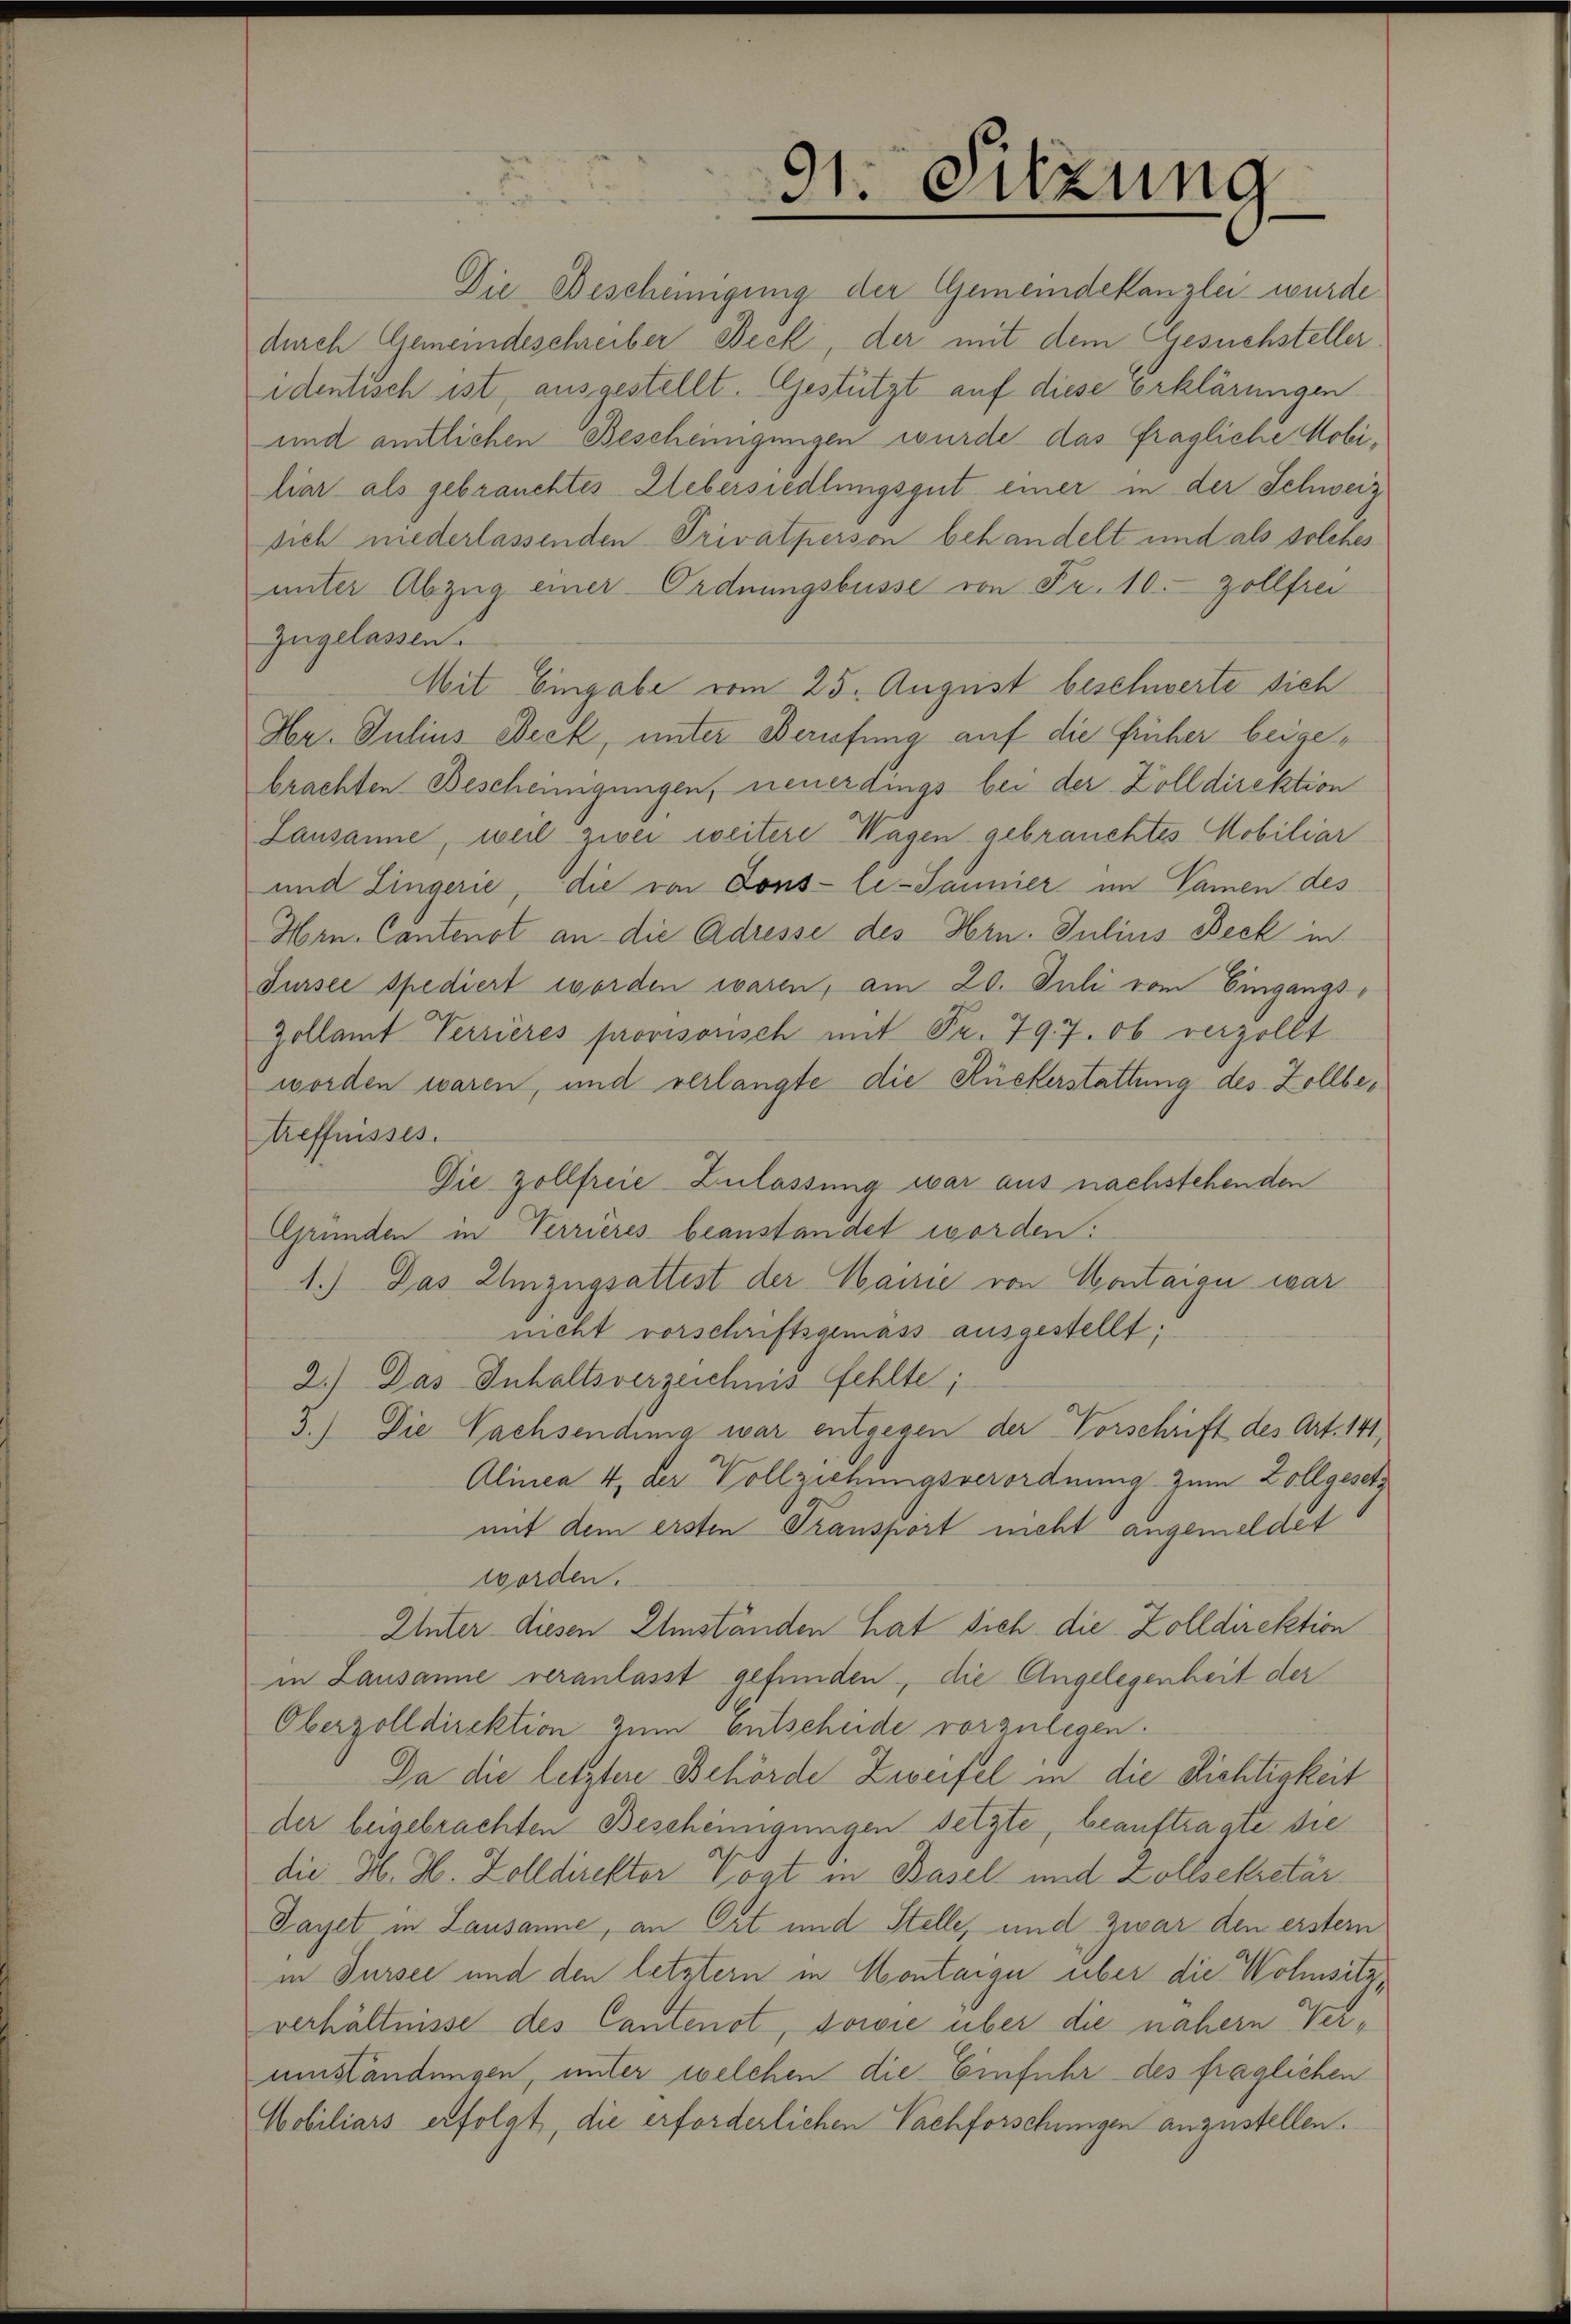
91. Sitzung

Die Bescheinigung der Gemeindekanzlei wurde
durch Gemeindeschreiber Beck, der mit dem Gesuchsteller
identisch ist, ausgestellt. Gestützt auf diese Erklärungen
und amtlichen Bescheinigungen wurde das fragliche Mobiliar als gebrauchtes Uebersiedlungsgut einer in der Schweiz
sich niederlassenden Privatperson behandelt und als solches
unter Abzug einer Ordnungsbusse von Fr. 10. Zollfrei
Zugelassen.
Mit Eingabe vom 25. August beschwerte sich
Hr. Julius Beck, unter Berufung auf die früher beigebrachten Bescheinigungen, neuerdings bei der Zolldirektion
Lausanne, weil ziver weitere Wagen gebrauchtes Mobiliar
und Zingerie, die von Dons-le-Jannier im Namen des
Hrn. Cantonst an die Adresse des Hrn. Julius Beck in
Fursee spediert worden waren, am 20. Juli vom Einganas
Zollamt Terrieres provisorisch mit Fr. 797. ob verzollt
worden waren, und verlangte die Rückerstattung des Zollbetreffnisses.
Die Zollfreie Zulassung war aus nachstehenden
Gründen in Terrieres beanstandet worden:
1.) Das Umzugsattest der Waisie von Montaige war
nicht vorschriftsgemäss ausgestellt;
2.) Das Inhaltsverzeichnis fehlte;
3.) Die Nachsendung war entgegen der Vorschrift des Art. 141,
Alinea 4, der Vollziehungsverordnung zum Zollgesetz
mit dem ersten Transport nicht angemeldet
worden.
Unter diesen Umständen hat sich die Zolldirektion
in Lausanne veranlasst gefunden, die Angelegenheit der
Oberzolldirektion zum entscheide vorzulegen.
Da die letztere Behörde Zweifel in die Richtigkeit
der beigebrachten Bescheinigungen setzte, beauftragte die
die H. H. Zolldirekter Vogt in Basel und Zollsekretär
Fayet in Lausanne, an Ort und Stelle, und zwar den erster
in Sursee und den letztern in Montaige über die Wohnsitz,
verhältnisse des Cantenot, sowie über die nähern Verumständungen, unter welchen die Einfuhr des fraglichen
Mobiliars erfolgt, die erforderlichen Nachforschungen anzustellen.